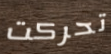
تحركت